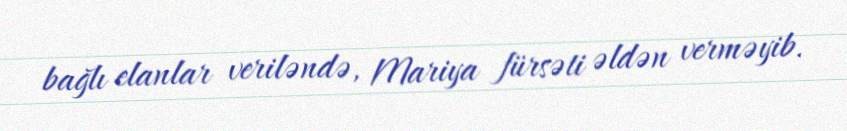
bağlı elanlar veriləndə, Mariya fürsəti əldən verməyib.